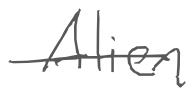
Text: Alien
Cross-out: single-line
Writing tool: digital_gray